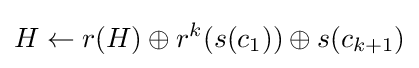
H\leftarrow r(H)\oplus r^{k}(s(c_{1}))\oplus s(c_{k+1})